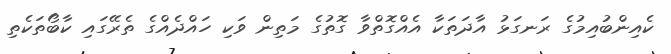
ކެއިންބުއިމުގެ ރަނގަޅު އާދަތަކާ އެއްގޮތްވާ ގޮތުގެ މަތިން ވަކި ހައްދެއްގެ ތެރޭގައި ކާބޯތަކެތި